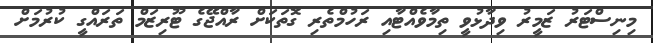
މިނިސްޓަރު ޒަމީރު ވިދާޅުވީ ތިމާވެއްޓާއި ރަހުމްތެރި ގޮތަކަށް ރާއްޖޭގެ ޓޫރިޒަމް ތަރައްގީ ކުރުމަށް